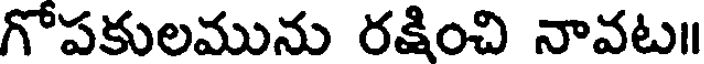
గోపకులమును రక్షించి నావట॥